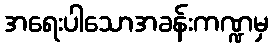
အရေးပါသောအခန်းကဏ္ဍမှ